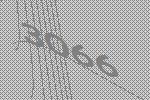
3066